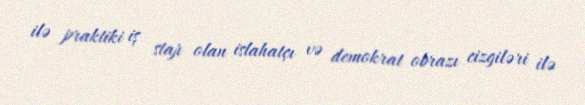
ilə praktiki iş stajı olan islahatçı və demokrat obrazı cizgiləri ilə